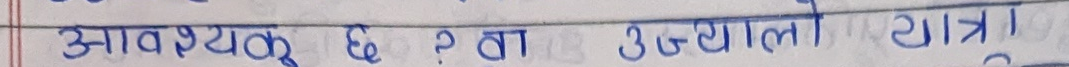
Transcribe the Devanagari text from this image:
आवश्यक छ ? ता उज्यालो यात्रा।